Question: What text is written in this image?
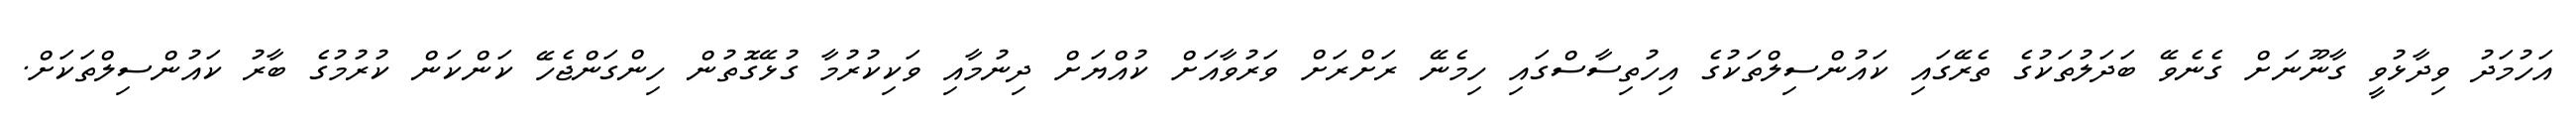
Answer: އަހުމަދު ވިދާޅުވީ ގާނޫނަށް ގެނެވޭ ބަދަލުތަކުގެ ތެރޭގައި ކައުންސިލްތަކުގެ އިހުތިސާސްގައި ހިމެނޭ ރަށްރަށް ވަރުވާއަށް ކުއްޔަށް ދިނުމާއި ވަކިކުރުމާ ގުޅޭގޮތުން ހިންގަންޖެހޭ ކަންކަން ކުރުމުގެ ބާރު ކައުންސިލްތަކަށް.